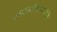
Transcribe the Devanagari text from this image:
शब्दस्तोममहानिधि